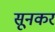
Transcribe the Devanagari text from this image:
सूनकर